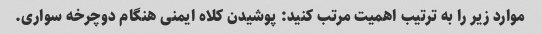
موارد زیر را به ترتیب اهمیت مرتب کنید: پوشیدن کلاه ایمنی هنگام دوچرخه سواری.